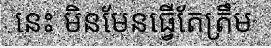
នេះ មិនមែនធ្វើតែត្រឹម